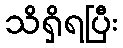
သိရှိရပြီး